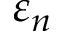
\varepsilon _ { n }